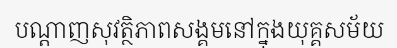
បណ្តាញសុវត្ថិភាពសង្គមនៅក្នុងយុគ្គសម័យ